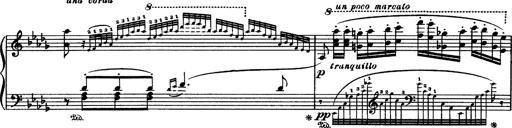
Title: Paraphrase de concert sur Rigoletto
Composer: Franz Liszt